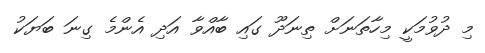
މި ދުވުމަކީ މިހާތަނަށް ތިނަދޫ ގައި ބާއްވާ އަދި އެންމެ ގިނަ ބަޔަކު